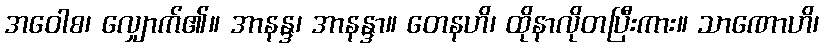
အဝေါစ၊ လျှောက်၏။ အာနန္ဒ၊ အာနန္ဒာ။ တေနဟိ၊ ထိုနာလိုတပြီးကား။ သာဏောဟိ၊